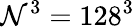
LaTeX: \mathcal{N}^{3}=128^{3}